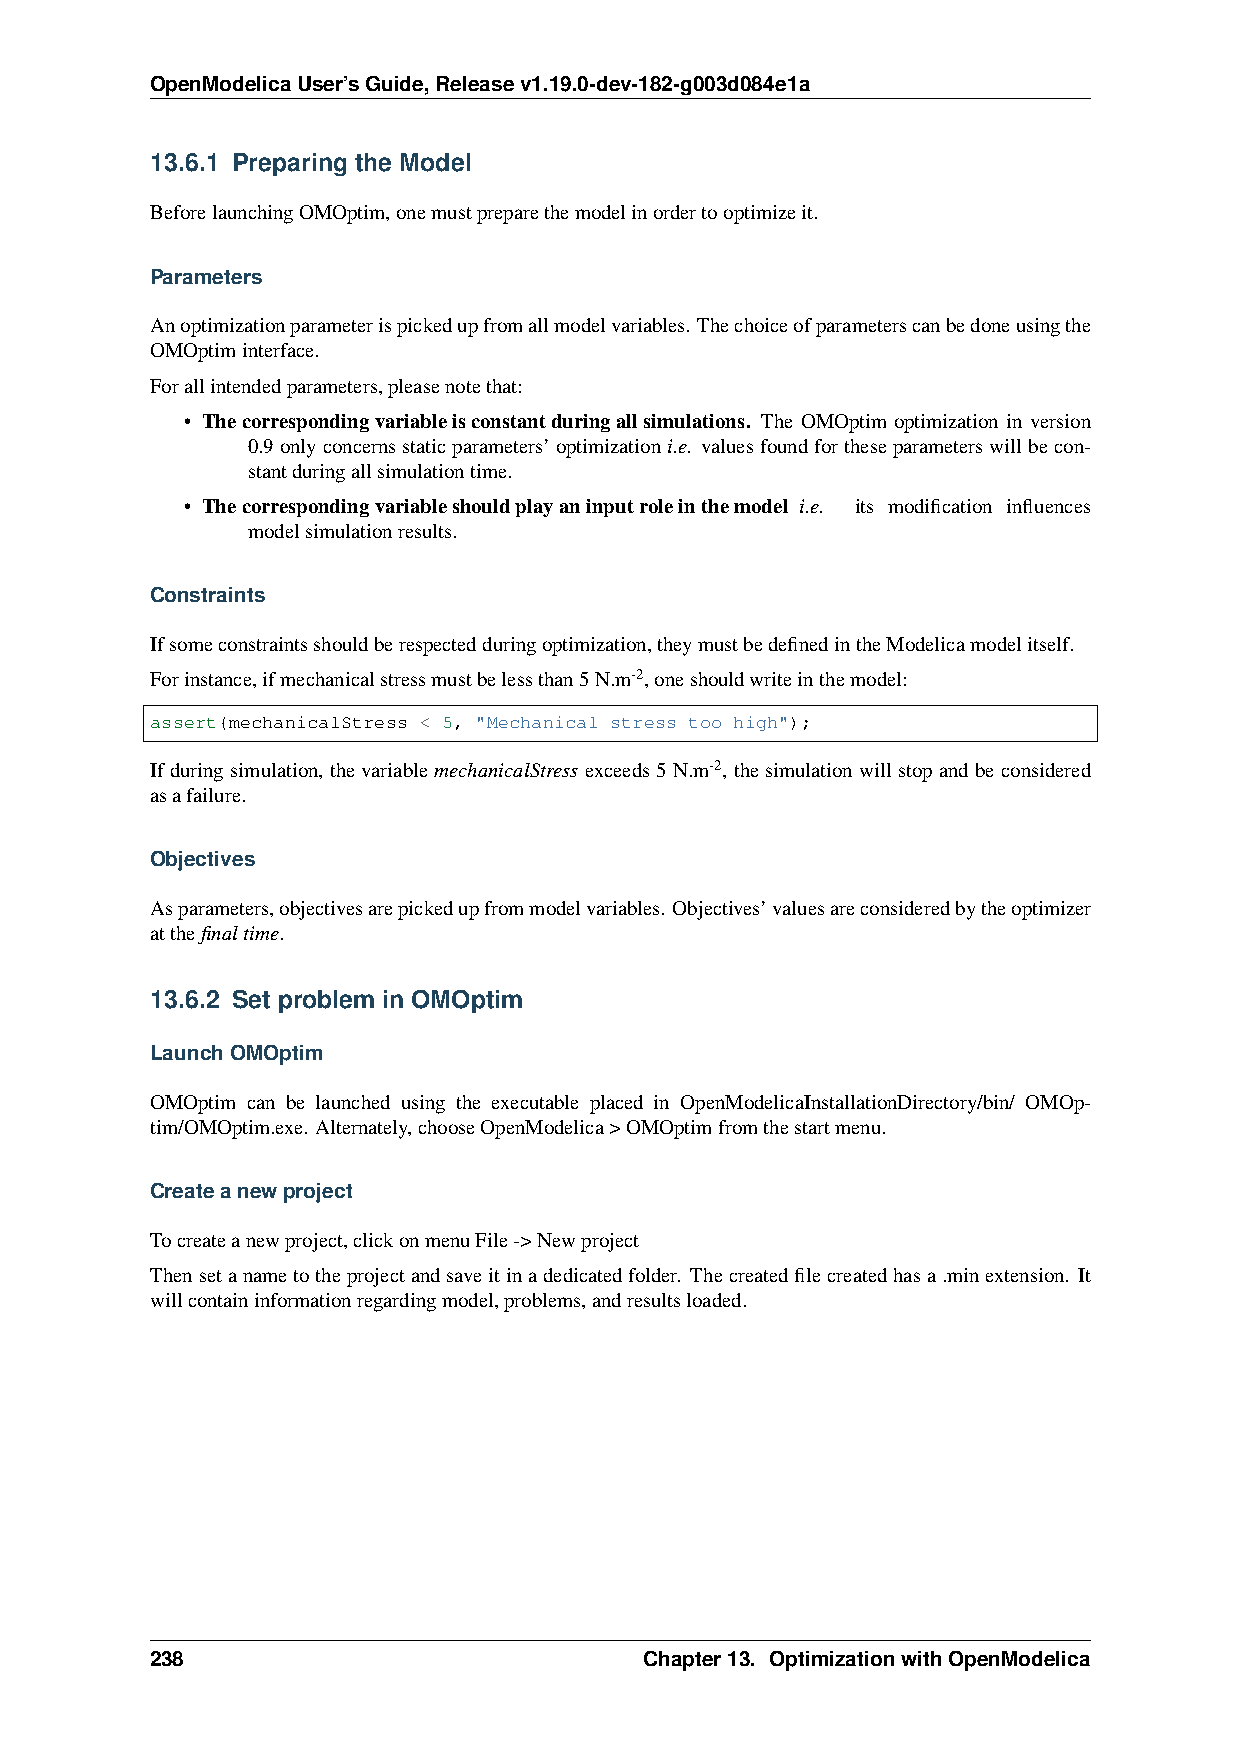
OpenModelicaUser’sGuide,Releasev1.19.0-dev-182-g003d084e1a
 13.6.1 Preparing the Model
 BeforelaunchingOMOptim,onemustpreparethemodelinordertooptimizeit.
 Parameters
 Anoptimizationparameterispickedupfromallmodelvariables. Thechoiceofparameterscanbedoneusingthe
 OMOptiminterface.
 Forallintendedparameters,pleasenotethat:
 • Thecorrespondingvariableisconstantduringallsimulations. The OMOptim optimization in version
 0.9onlyconcernsstaticparameters’optimizationi.e. valuesfoundfortheseparameterswillbecon-
 stantduringallsimulationtime.
 • Thecorrespondingvariableshouldplayaninputroleinthemodel i.e. its modification influences
 modelsimulationresults.
 Constraints
 Ifsomeconstraintsshouldberespectedduringoptimization,theymustbedefinedintheModelicamodelitself.
 Forinstance,ifmechanicalstressmustbelessthan5N.m-2,oneshouldwriteinthemodel:
 assert(mechanicalStress < 5, "Mechanical stress too high");
 Ifduringsimulation, thevariablemechanicalStressexceeds5N.m-2, thesimulationwillstopandbeconsidered
 asafailure.
 Objectives
 Asparameters,objectivesarepickedupfrommodelvariables. Objectives’valuesareconsideredbytheoptimizer
 atthefinaltime.
 13.6.2 Set problem in OMOptim
 LaunchOMOptim
 OMOptim can be launched using the executable placed in OpenModelicaInstallationDirectory/bin/ OMOp-
 tim/OMOptim.exe. Alternately,chooseOpenModelica>OMOptimfromthestartmenu.
 Createanewproject
 Tocreateanewproject,clickonmenuFile->Newproject
 Thensetanametotheprojectandsaveitinadedicatedfolder. Thecreatedfilecreatedhasa.minextension. It
 willcontaininformationregardingmodel,problems,andresultsloaded.
 238                              Chapter13. OptimizationwithOpenModelica